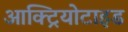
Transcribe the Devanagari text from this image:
आक्ट्रियोटाइड